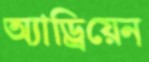
অ্যাড্রিয়েন